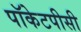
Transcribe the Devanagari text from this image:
पॉकेटपीसी